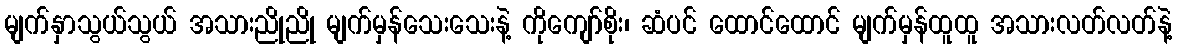
မျက်နှာသွယ်သွယ် အသားညိုညို မျက်မှန်သေးသေးနဲ့ ကိုကျော်စိုး၊ ဆံပင် ထောင်ထောင် မျက်မှန်ထူထူ အသားလတ်လတ်နဲ့